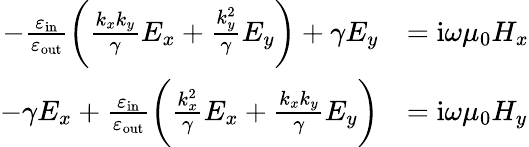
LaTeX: \begin{array}{rl}{-\frac{\varepsilon_{\mathrm{in}}}{\varepsilon_{\mathrm{out}}}\bigg(\frac{k_{x}k_{y}}{\gamma}E_{x}+\frac{k_{y}^{2}}{\gamma}E_{y}\bigg)+\gamma E_{y}}&{=\mathrm{i}\omega\mu_{0}H_{x}}\\ {-\gamma E_{x}+\frac{\varepsilon_{\mathrm{in}}}{\varepsilon_{\mathrm{out}}}\bigg(\frac{k_{x}^{2}}{\gamma}E_{x}+\frac{k_{x}k_{y}}{\gamma}E_{y}\bigg)}&{=\mathrm{i}\omega\mu_{0}H_{y}}\end{array}